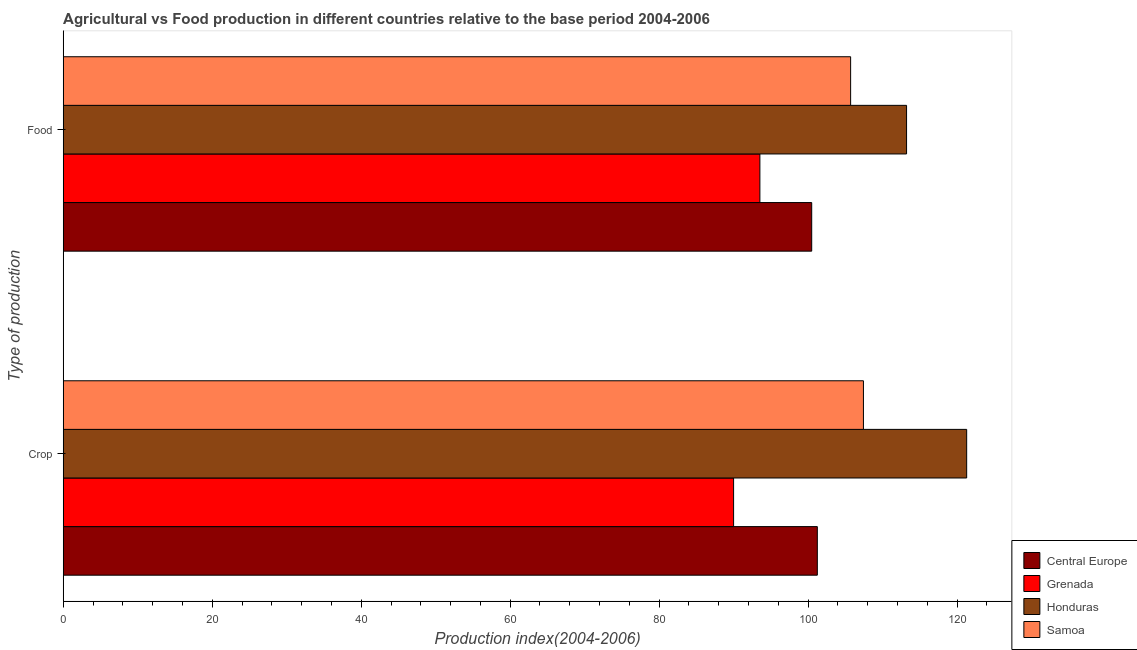
| Type of production | Central Europe | Grenada | Honduras | Samoa |
 | --- | --- | --- | --- | --- |
 | Crop | 101 | 90 | 121 | 107 |
 | Food | 100 | 93.5 | 113 | 106 |